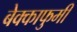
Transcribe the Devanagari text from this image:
बेक्काफुमी